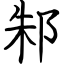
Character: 邾